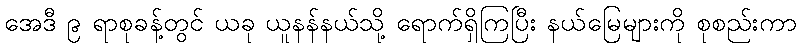
အေဒီ ၉ ရာစုခန့်တွင် ယခု ယူနန်နယ်သို့ ရောက်ရှိကြပြီး နယ်မြေများကို စုစည်းကာ